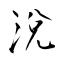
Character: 涗